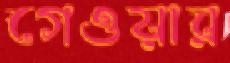
গেওয়ার